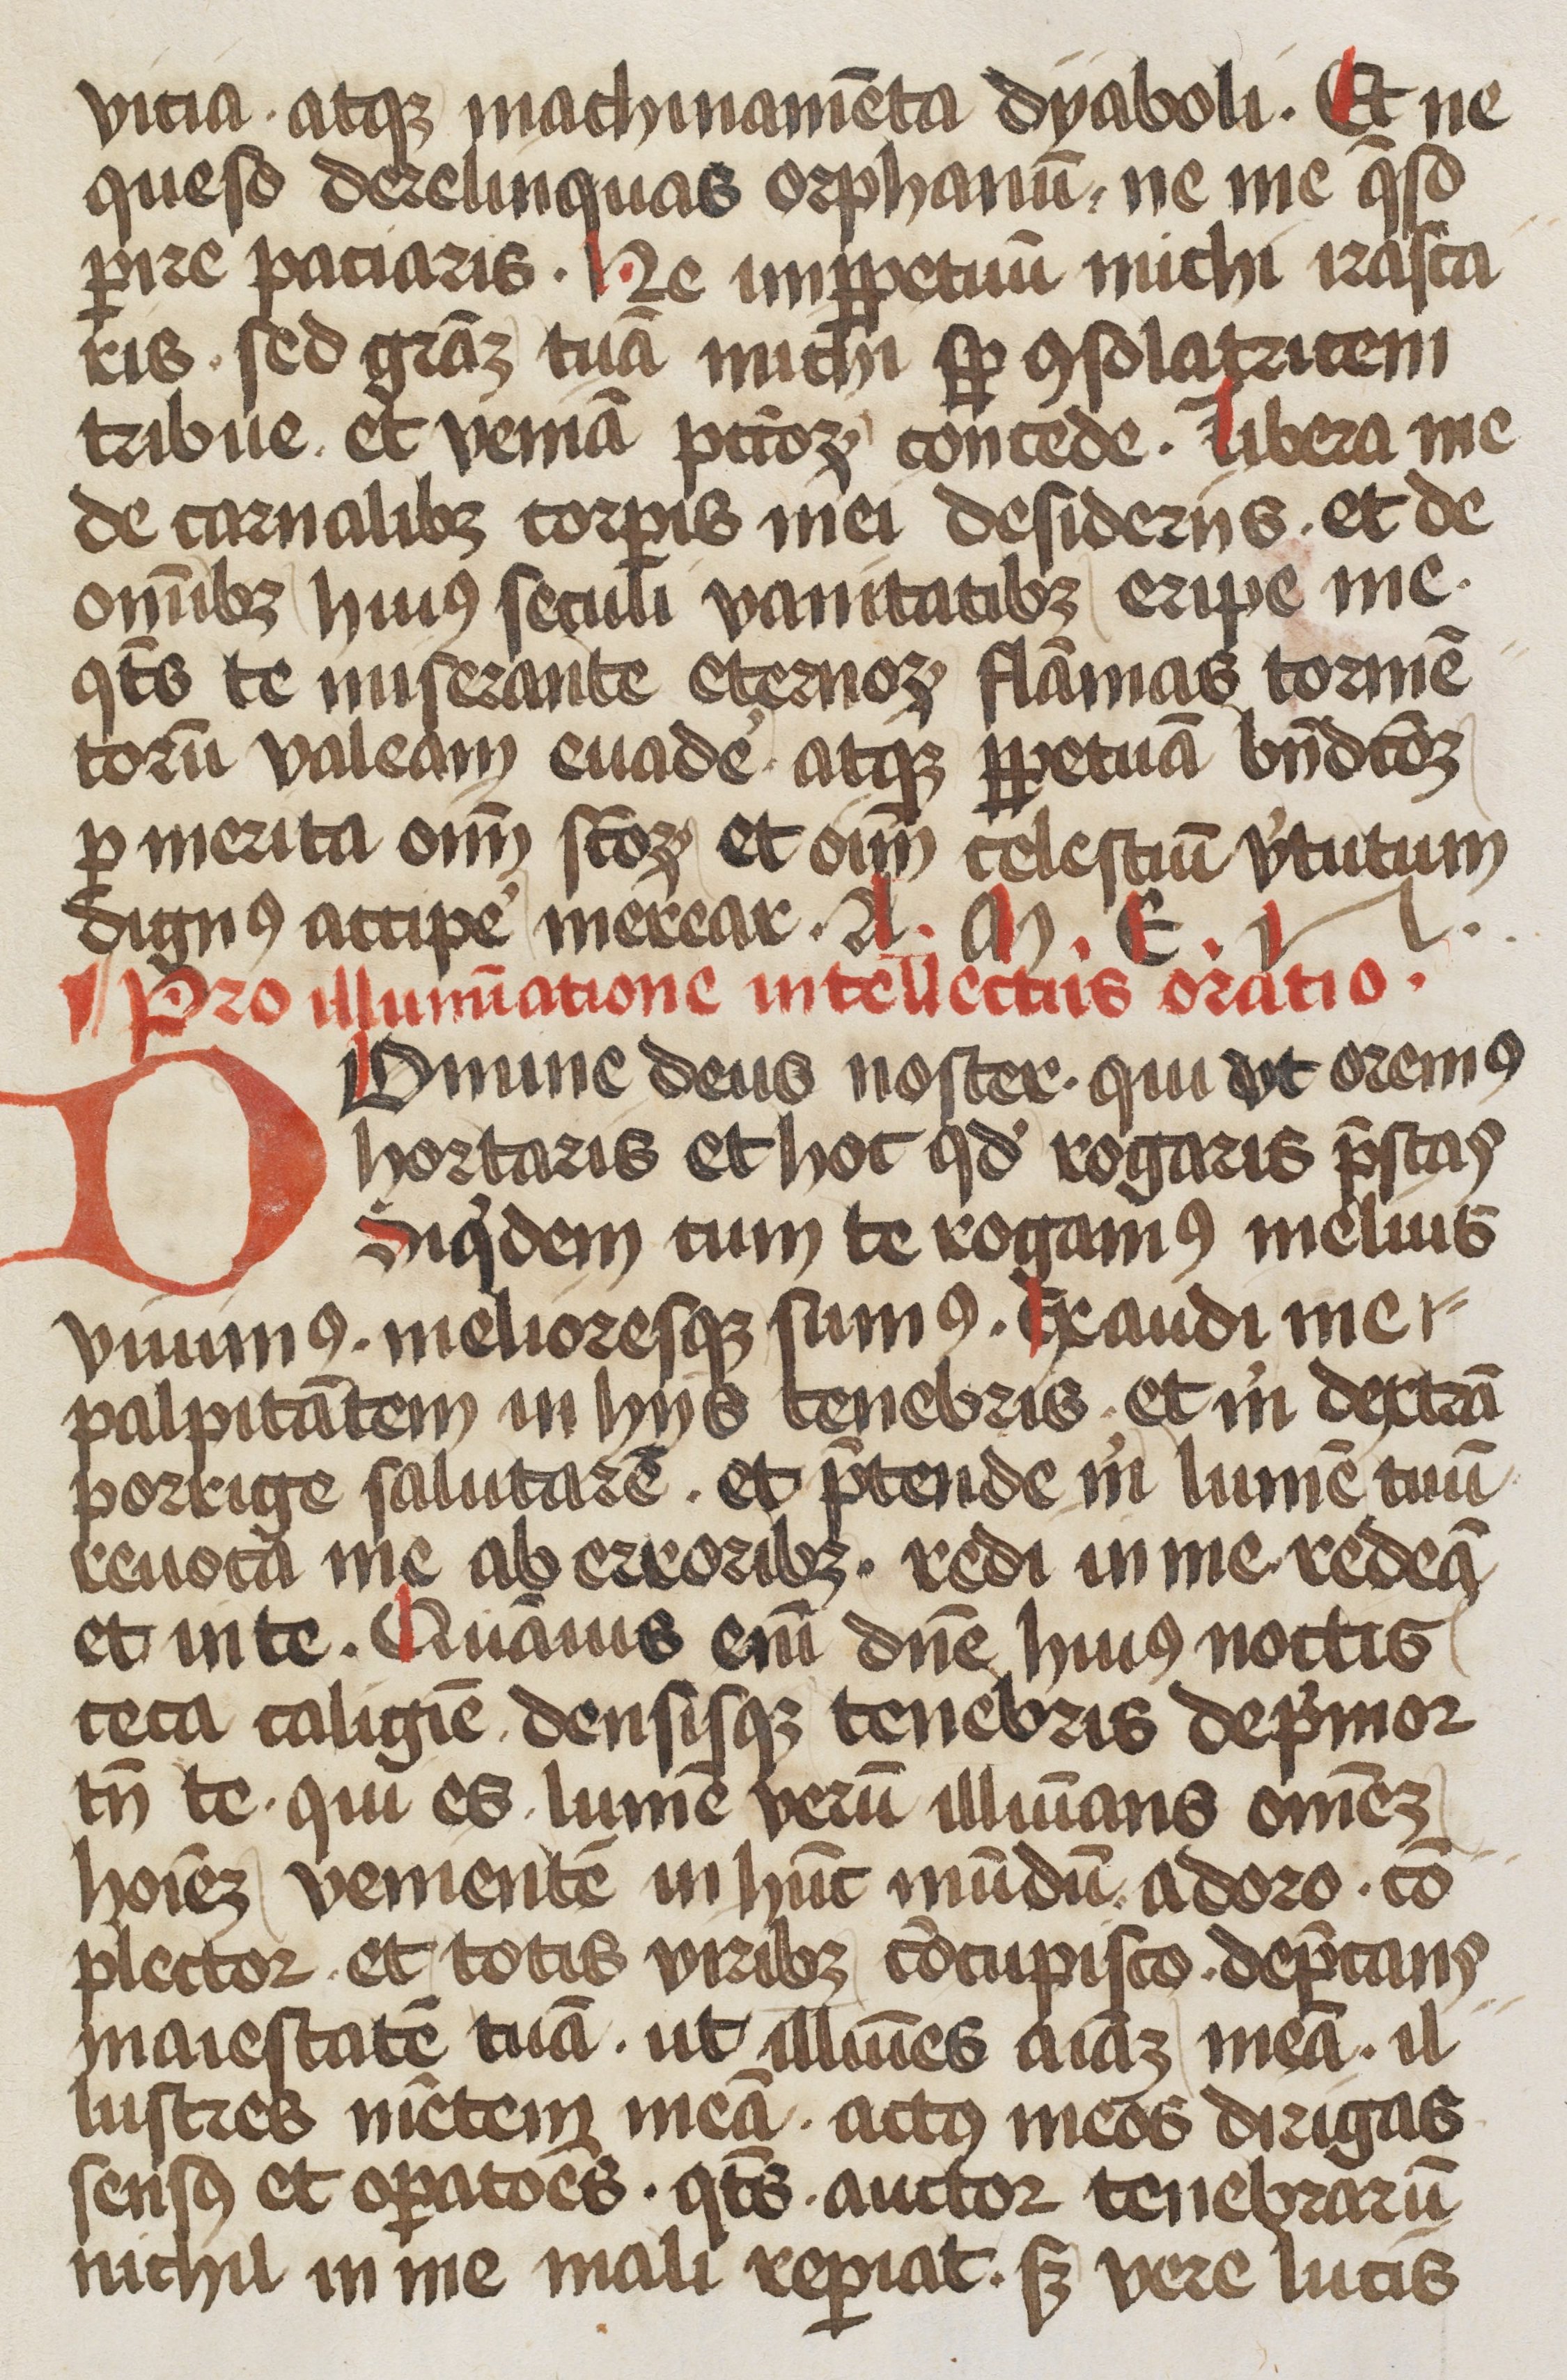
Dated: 1450–1499